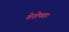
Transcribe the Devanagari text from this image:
वेशेषतः